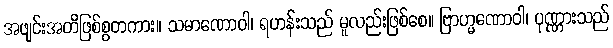
အဖျင်းအတိဖြစ်စွတကား။ သမာဏောဝါ၊ ရဟန်းသည် မူလည်းဖြစ်စေ။ ဗြာဟ္မဏောဝါ၊ ပုဏ္ဏားသည်